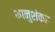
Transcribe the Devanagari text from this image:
भानुशंकर